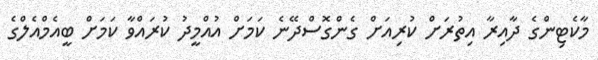
މާކެޓިންގެ ދާއިރާ އިތުރަށް ކުރިއަށް ގެންގޮސްދޭނެ ކަމަށް އުއްމީދު ކުރައްވާ ކަމަށް ބީއެމްއެލްގެ